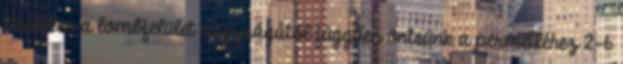
területen a lombfelület nagyságától függően öntsünk a permetléhez 2-6